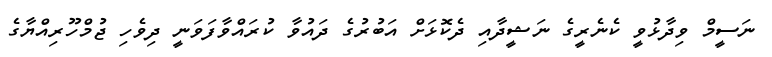
ނަސީމް ވިދާޅުވީ ކެނެރީގެ ނަޝީދާއި ދެކޮޅަށް އަބުރުގެ ދައުވާ ކުރައްވާފަވަނީ ދިވެހި ޖުމްހޫރިއްޔާގެ